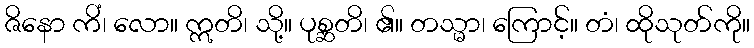
ဇိနော ကိံ၊ လော။ ဣတိ၊ သို့။ ပုစ္ဆတိ၊ ၏။ တသ္မာ၊ ကြောင့်။ တံ၊ ထိုသုတ်ကို။